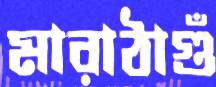
মারাঠাগুঁ